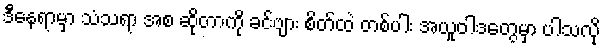
ဒီနေရာမှာ သံသရာ အစ ဆိုတာကို ခင်ဗျား စိတ်ထဲ တစ်ပါး အယူဝါဒတွေမှာ ပါသလို